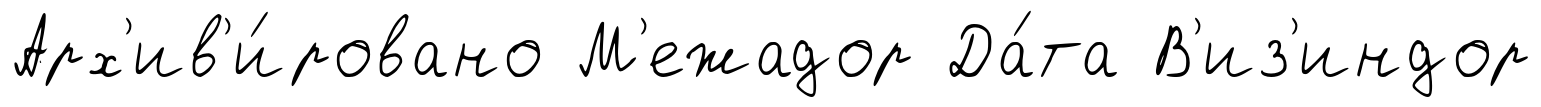
Арх'ив'и́ровано М'ежадор Да́та В'из'индор